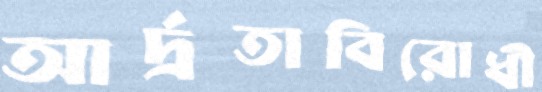
আর্দ্রতাবিরোধী